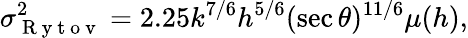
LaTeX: \sigma_{\mathrm{~R~y~t~o~v~}}^{2}=2.25k^{7/6}h^{5/6}(\sec\theta)^{11/6}\mu(h),